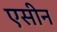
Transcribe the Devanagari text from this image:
एसीन